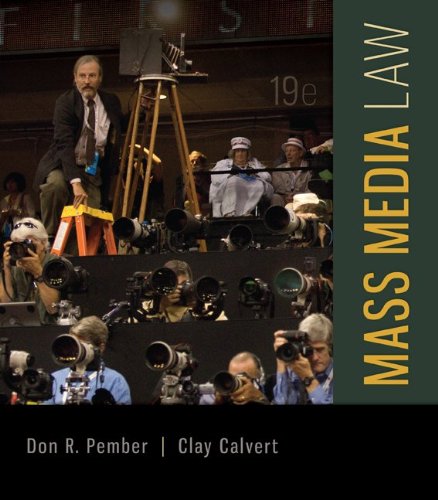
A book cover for Mass Media Law; Don Pember; Law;